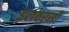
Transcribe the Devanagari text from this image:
इलवरसी